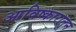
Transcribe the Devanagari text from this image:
आविष्कारातून